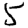
Digit: 5